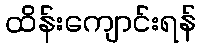
ထိန်းကျောင်းရန်